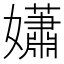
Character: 𡣾